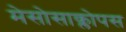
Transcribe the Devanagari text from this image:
मेसोसाक्लोपस